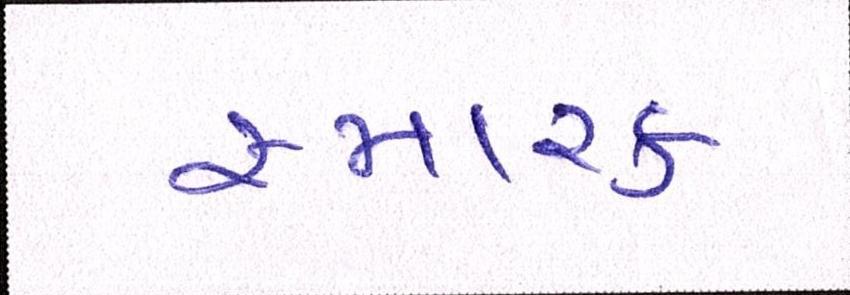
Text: સ્મારક